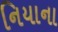
નિયાના